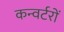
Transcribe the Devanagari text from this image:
कन्वर्टरों